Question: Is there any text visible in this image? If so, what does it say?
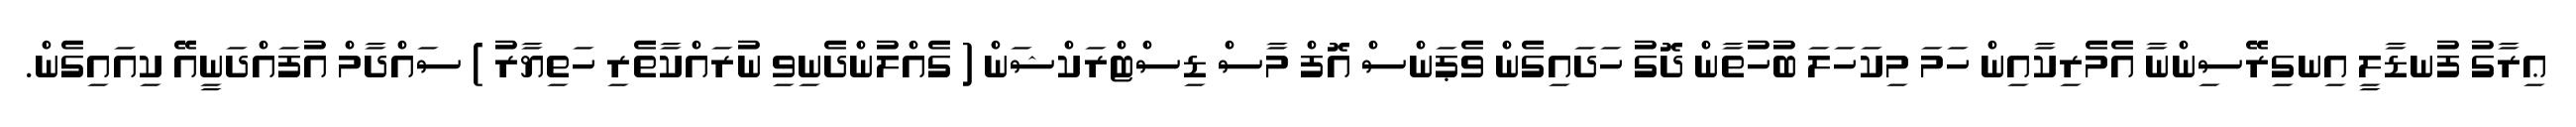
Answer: ޢިރާގު ފުނޑާލީ އިނގިރޭސިންނާ އެމެރިކާއިން ހަމަ މިކަހަލަ ބުހުތާން ދޮގު ހަދައިގެން ވެޕަންސް އޮފް މާސް ޑިސްޓްރަކްޝަން ( ގެއްލުންދެނިވި ނުރައްކާތެރި ހަތިޔާރު ) ސައްދާމް އުފައްދަނީއޭ ކިއައިގެން.